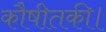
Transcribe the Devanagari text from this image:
कौषीतकी।